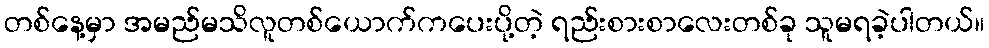
တစ်နေ့မှာ အမည်မသိလူတစ်ယောက်ကပေးပို့တဲ့ ရည်းစားစာလေးတစ်ခု သူမရခဲ့ပါတယ်။